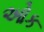
ઓક